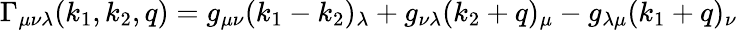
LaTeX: \Gamma_{\mu\nu\lambda}(k_{1},k_{2},q)=g_{\mu\nu}(k_{1}-k_{2})_{\lambda}+g_{\nu\lambda}(k_{2}+q)_{\mu}-g_{\lambda\mu}(k_{1}+q)_{\nu}